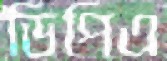
ডিপিএ